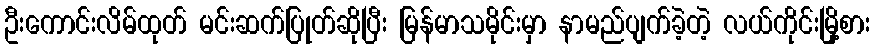
ဦးကောင်းလိမ်ထုတ် မင်းဆက်ပြုတ်ဆိုပြီး မြန်မာသမိုင်းမှာ နာမည်ပျက်ခဲ့တဲ့ လယ်ကိုင်းမြို့စား